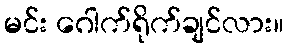
မင်း ဂေါက်ရိုက်ချင်လား။